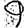
Digit: 9